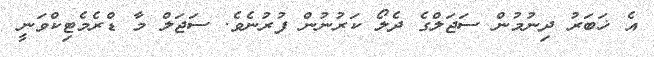
އެ ޚަބަރު ދިނުމުން ސަޖަލްގެ ދެލޯ ކަރުނުން ފުރުނެވެ. ސަޖަލް މާ ޑްރެމެޓިކްވަނީ